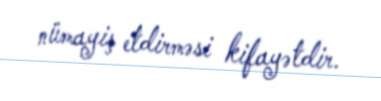
nümayiş etdirməsi kifayətdir.